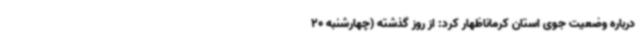
درباره وضعیت جوی استان کرماناظهار کرد: از روز گذشته (چهارشنبه 20